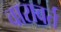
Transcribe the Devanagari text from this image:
वारावर्त